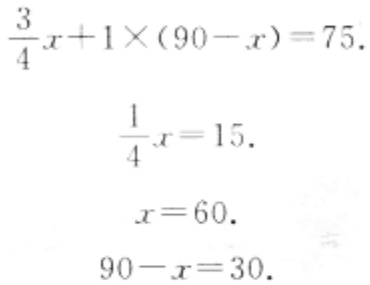
\[\begin{align*}

\frac{3}{4}x + 1\times(90 - x) &= 75.\\

\frac{1}{4}x&=15.\\

x&=60.\\

90 - x&=30.

\end{align*}\]